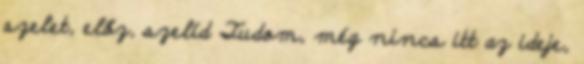
szelet, előz, szelíd Tudom, még nincs itt az ideje,